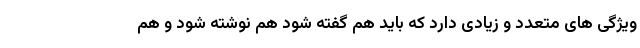
ویژگی های متعدد و زیادی دارد که باید هم گفته شود هم نوشته شود و هم